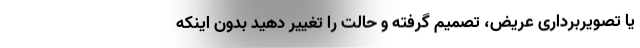
یا تصویربرداری عریض، تصمیم گرفته و حالت را تغییر دهید بدون اینکه